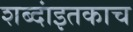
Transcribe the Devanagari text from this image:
शब्दांइतकाच